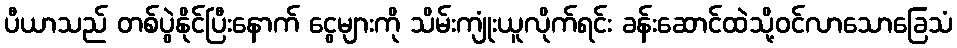
ပီယာသည် တစ်ပွဲနိုင်ပြီးနောက် ငွေများကို သိမ်းကျုံးယူလိုက်ရင်း ခန်းဆောင်ထဲသို့ဝင်လာသောခြေသံ